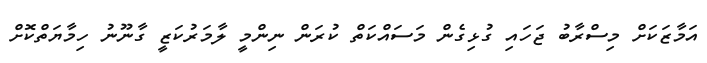
އަމާޒަކަށް މިސްރާބު ޖަހައި ގުޅިގެން މަސައްކަތް ކުރަން ނިންމީ ލާމަރުކަޒީ ގާނޫނު ހިމާޔަތްކޮށް